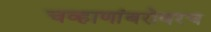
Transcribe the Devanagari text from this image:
चव्हाणांबरोबरच